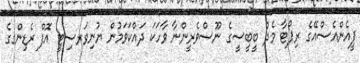
ޕީއެންއެސްއޭގެ ރިޕޯޓާ މެދު ބީބީސީގެ ނޫސްވެރީންނާ ވާހަކަ ދައްކަވަމުން ޔުނިވަރސިޓީ އޮފް ރެޑިންގގެ